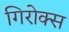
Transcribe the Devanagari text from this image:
गिरोक्स